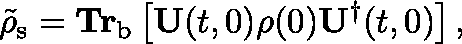
\tilde { \mathbf { \rho } } _ { \mathrm { s } } = \mathbf { T r } _ { \mathrm { b } } \left[ \mathbf { U } ( t , 0 ) \mathbf { \rho } ( 0 ) \mathbf { U } ^ { \dagger } ( t , 0 ) \right] ,